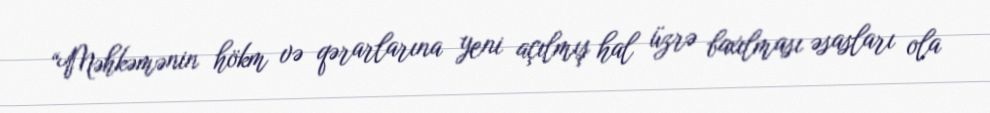
“Məhkəmənin hökm və qərarlarına yeni açılmış hal üzrə baxılması əsasları ola